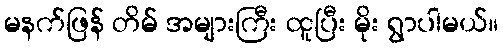
မနက်ဖြန် တိမ် အများကြီး ထူပြီး မိုး ရွာပါမယ်။